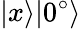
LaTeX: |x\rangle|0^{\circ}\rangle